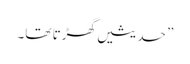
” حدیثیں گھڑتا تھا۔